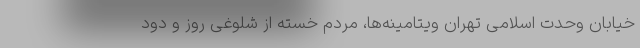
خیابان وحدت اسلامی تهران ویتامینه‌ها، مردم خسته از شلوغی روز و دود